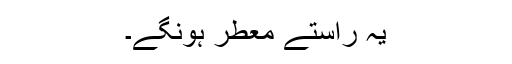
یہ راستے معطر ہونگے۔